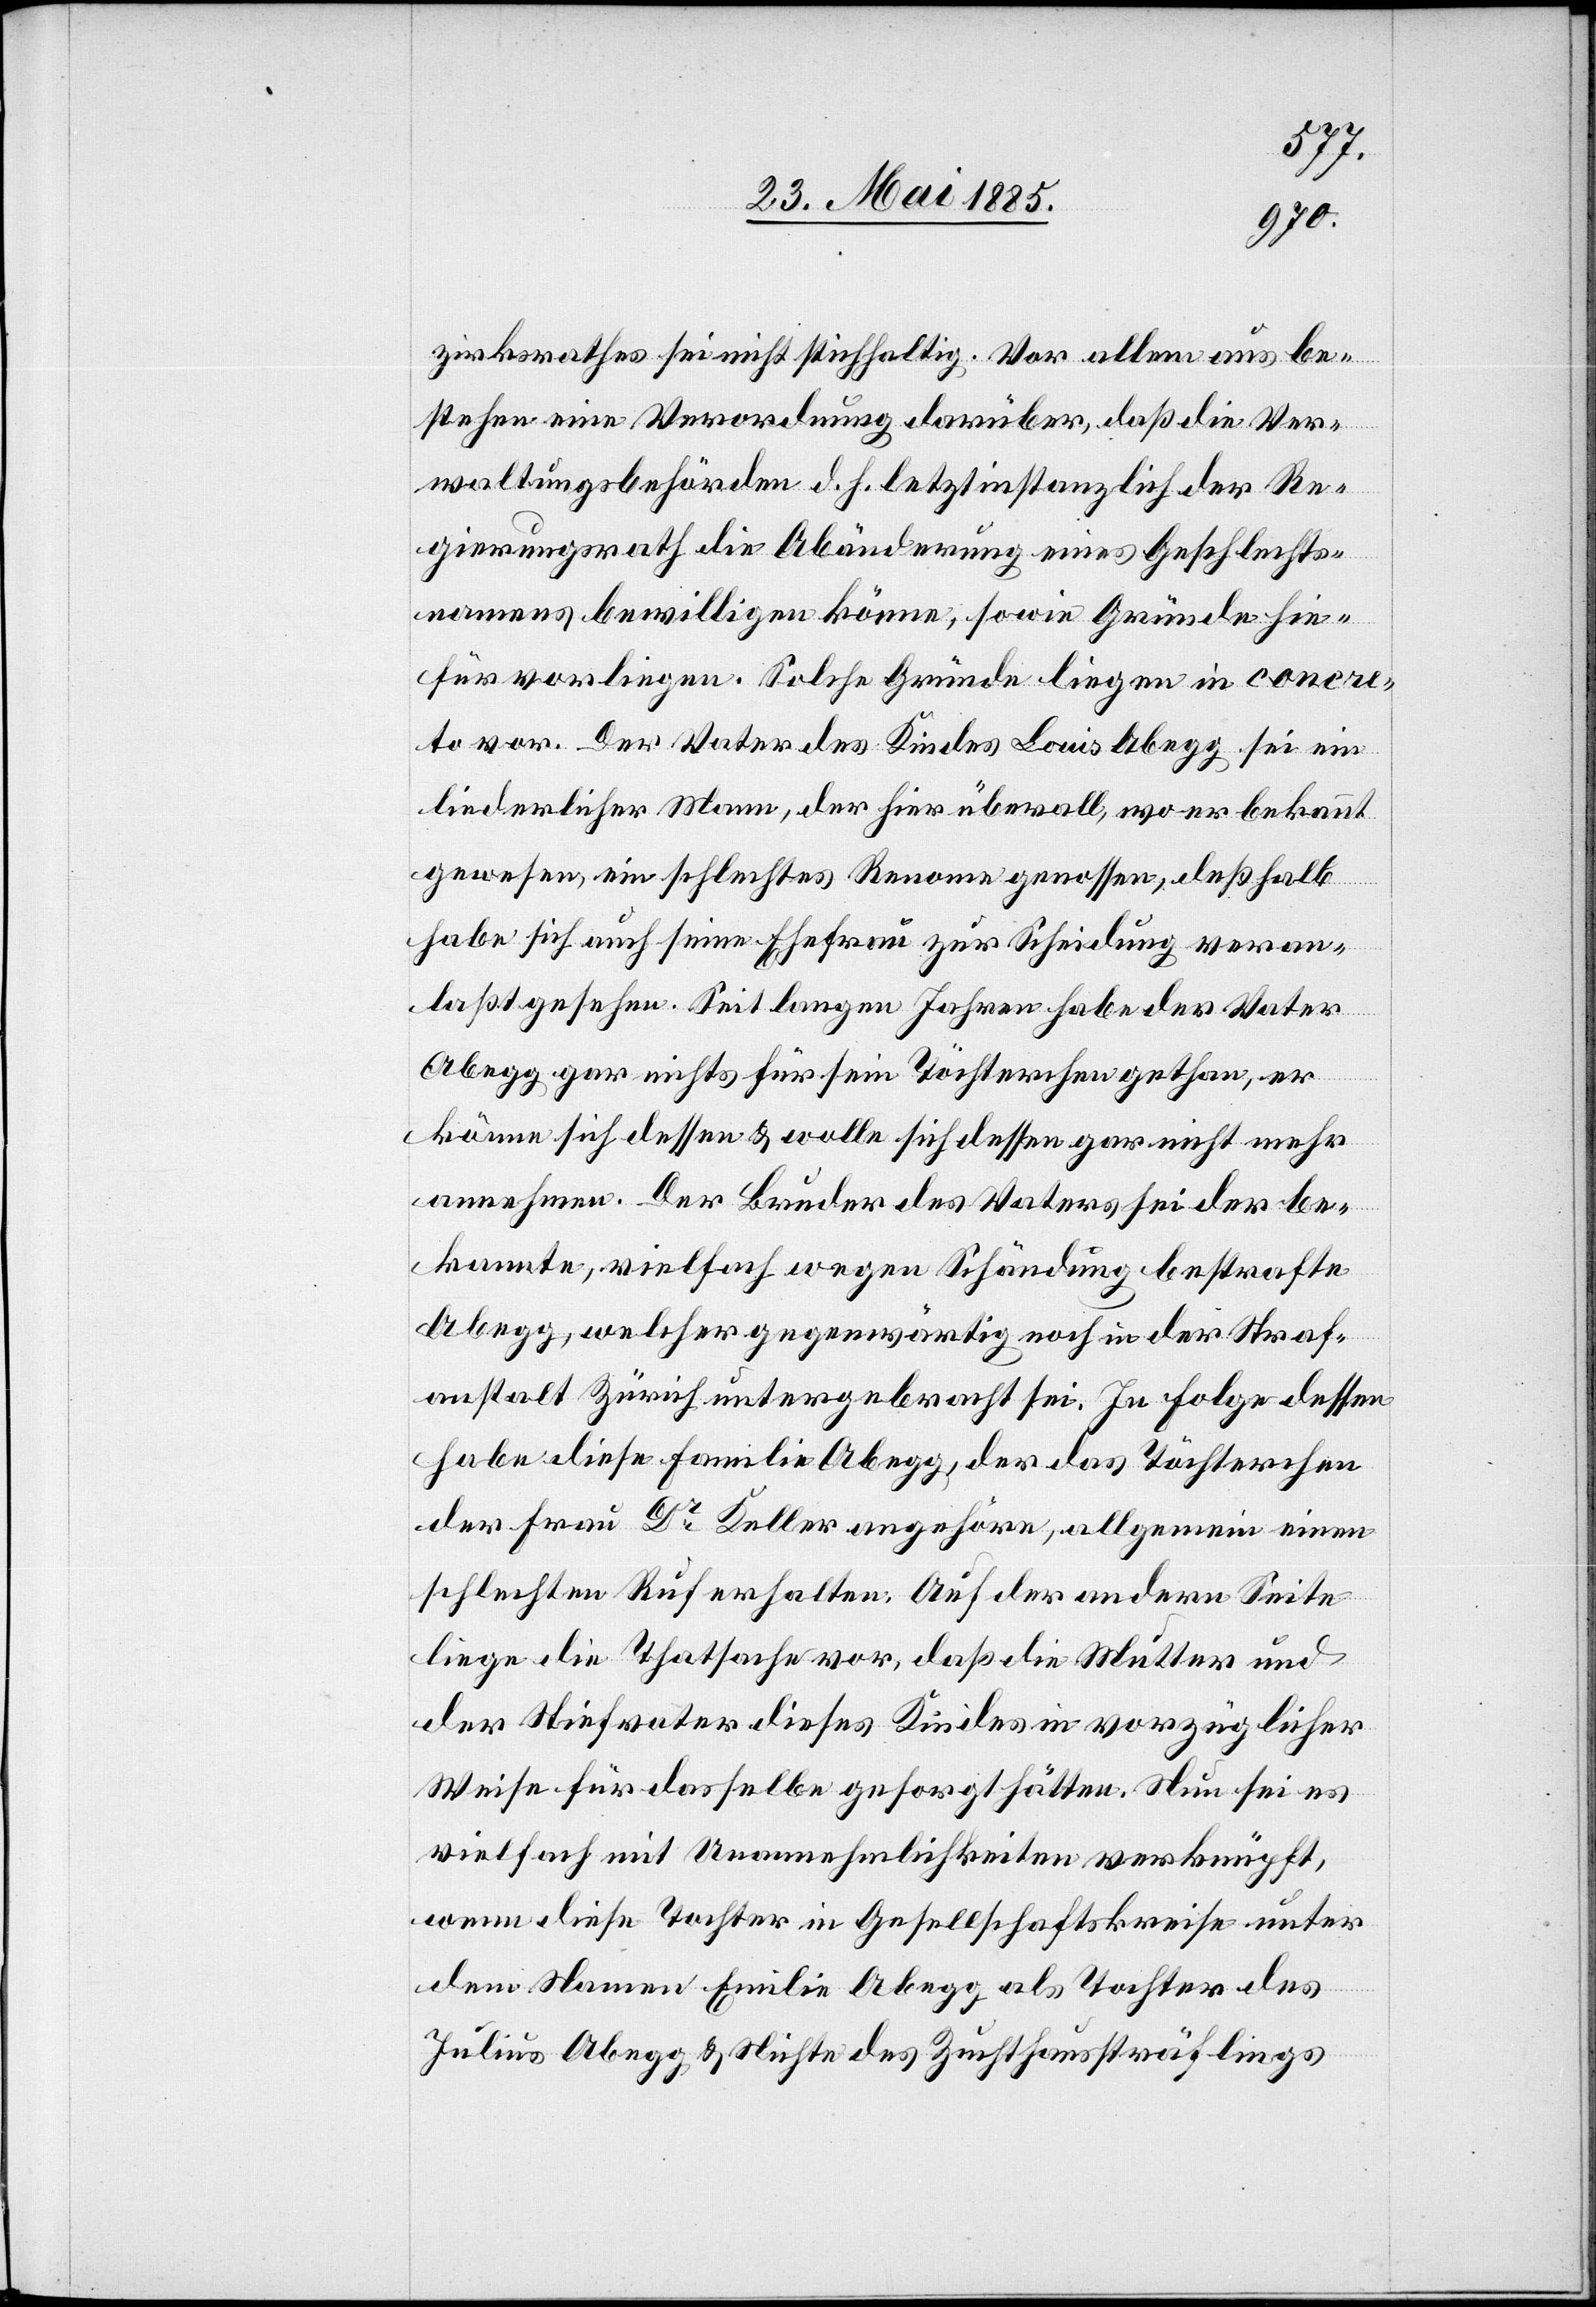
zirksraths sei nicht stichhaltig. Vor allem aus be¬
stehen [sic!] eine Verordnung darüber, daß die Ver¬
waltungsbehörden d. h. letztinstanzlich der Re¬
gierungsrath die Abänderung eines Geschlechts¬
namens bewilligen könne, sowie Gründe hie¬
für vorliegen. Solche Gründe liegen in concre¬
to vor. Der Vater des Kindes Louis Abegg sei ein
liederlicher Mann, der hier überall, wo er bekannt
gewesen, ein schlechtes Renome genossen, deßhalb
habe sich auch seine Ehefrau zur Scheidung veran¬
laßt gesehen. Seit langen Jahren habe der Vater
Abegg gar nichts für sein Töchterchen gethan, er
könne sich dessen & wolle sich dessen gar nicht mehr
annehmen. Der Bruder des Vaters sei der be¬
kannte, vielfach wegen Schändung bestrafte
Abegg, welcher gegenwärtig noch in der Straf¬
anstalt Zürich untergebracht sei. In Folge dessen
habe diese Familie Abegg, der das Töchterchen
der Frau Dr Keller angehöre, allgemein einen
schlechten Ruf erhalten. Auf der anderen Seite
liege die Thatsache vor, daß die Mutter und
der Stiefvater dieses Kindes in vorzüglicher
Weise für dasselbe gesorgt hätten. Nun sei es
vielfach mit Unannehmlichkeiten verknüpft,
wenn diese Tochter in Gesellschaftskreise unter
dem Namen Emilie Abegg als Tochter des
Julius Abegg & Nichte des Zuchthaussträflings